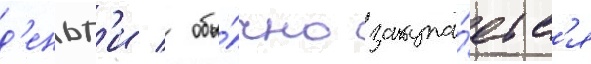
д'еньг'и / обы́чно закупа́етс'я